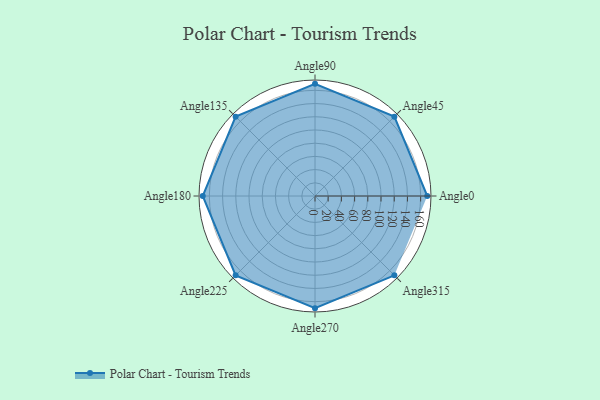
{"axis": {"x": "Angle", "y": "Radius"}, "legend": [""], "data": [{"x": "Angle0", "y": 170, "type": ""}, {"x": "Angle45", "y": 170, "type": ""}, {"x": "Angle90", "y": 170, "type": ""}, {"x": "Angle135", "y": 170, "type": ""}, {"x": "Angle180", "y": 170, "type": ""}, {"x": "Angle225", "y": 170.0, "type": ""}, {"x": "Angle270", "y": 170, "type": ""}, {"x": "Angle315", "y": 170, "type": ""}]}